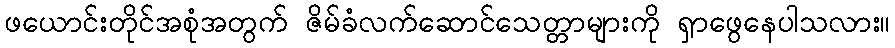
ဖယောင်းတိုင်အစုံအတွက် ဇိမ်ခံလက်ဆောင်သေတ္တာများကို ရှာဖွေနေပါသလား။